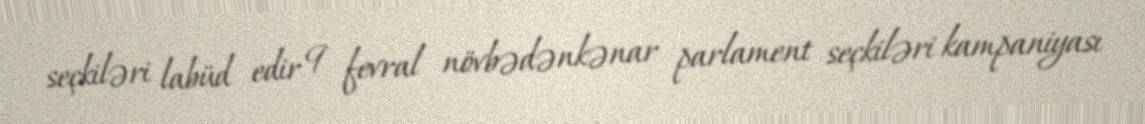
seçkiləri labüd edir 9 fevral növbədənkənar parlament seçkiləri kampaniyası